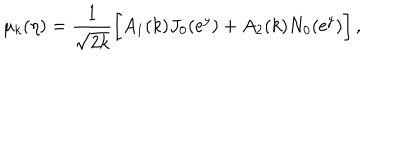
LaTeX: \mu _ { k } ( \eta ) = \frac { 1 } { \sqrt { 2 k } } \biggl [ A _ { 1 } ( k ) J _ { 0 } ( \mathrm { e } ^ { y } ) + A _ { 2 } ( k ) N _ { 0 } ( \mathrm { e } ^ { y } ) \biggr ] \, ,